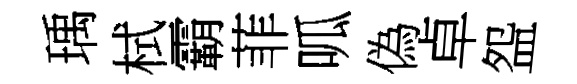
瑀栻霸菲呱偽卓盌